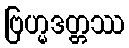
ဗြဟ္မဒတ္တဿ